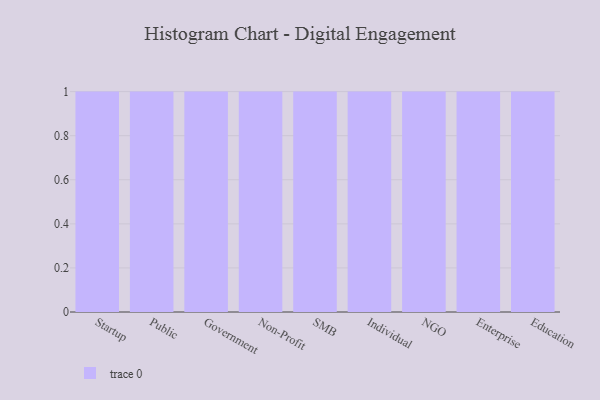
{"axis": {"x": "Segment", "y": "Energy Usage (MWh)"}, "legend": [""], "data": [{"x": "Startup", "y": 27, "type": ""}, {"x": "Public", "y": 76, "type": ""}, {"x": "Government", "y": 74, "type": ""}, {"x": "Non-Profit", "y": 75, "type": ""}, {"x": "SMB", "y": 57, "type": ""}, {"x": "Individual", "y": 44, "type": ""}, {"x": "NGO", "y": 22, "type": ""}, {"x": "Enterprise", "y": 15, "type": ""}, {"x": "Education", "y": 10, "type": ""}]}